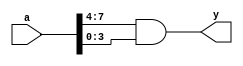
module trivial_offset(a, y);
  input [7:0] a;
  output [3:0] y;

  assign y = a[7:4] & a[3:0];

endmodule